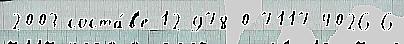
2003 соста́в'е 12 978-0-7117-4026-6